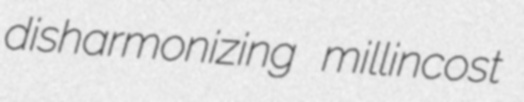
disharmonizing millincost